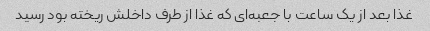
غذا بعد از یک ساعت با جعبه‌ای که غذا از طرف داخلش ریخته بود رسید